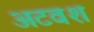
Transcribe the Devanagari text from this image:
अटवश